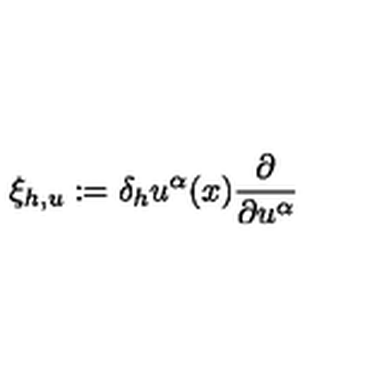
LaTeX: \xi _ { h , u } : = \delta _ { h } u ^ { \alpha } ( x ) \frac { \partial } { \partial u ^ { \alpha } }